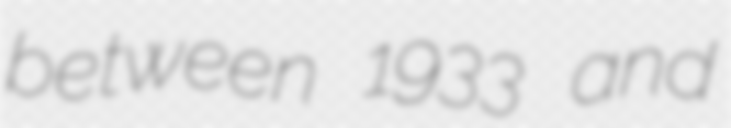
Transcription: between 1933 and